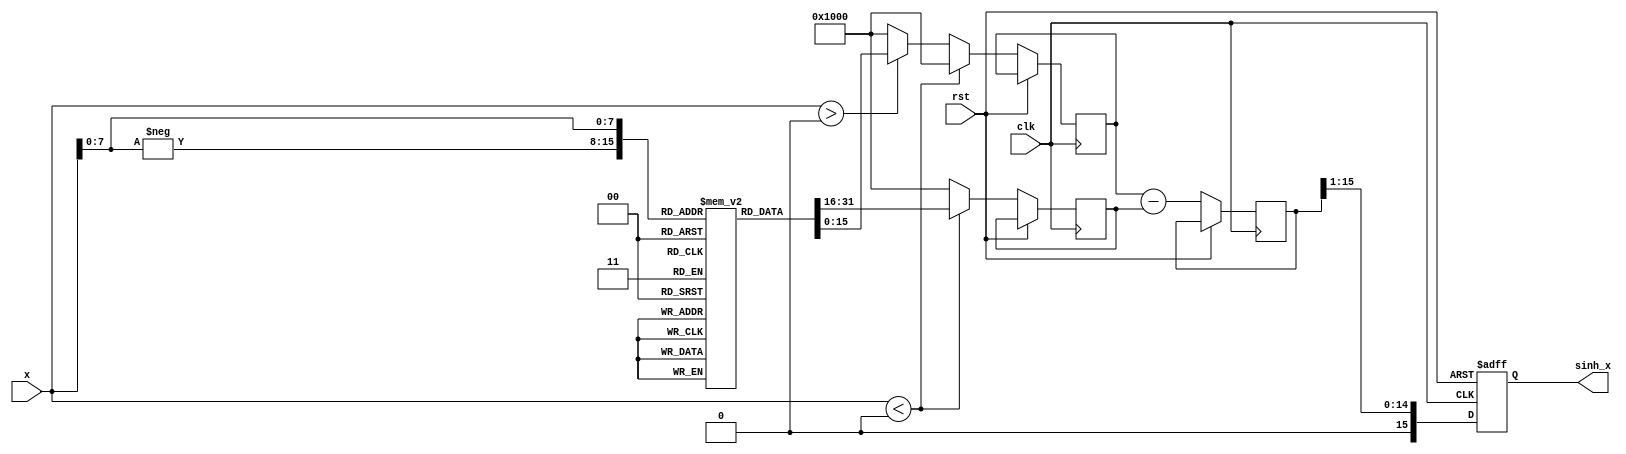
module sinh_arithmetic_block(
    input wire [15:0] x,        // Input signal (x), 16-bit fixed point
    output reg [15:0] sinh_x,   // Output signal (sinh(x)), 16-bit fixed point
    input wire clk,             // Clock signal
    input wire rst              // Reset signal
);

// Exponential lookup table (for demonstration)
reg [15:0] exp_table [0:255]; // Assume input is in the range of -1 to 1
reg [15:0] e_pos, e_neg;       // Outputs for e^x and e^-x
reg [15:0] e_diff;             // Difference between e^x and e^-x

// Initialize the exponential table
initial begin
    // Populate exp_table with approximate values of e^x
    // This is a simplified LUT for illustration; in practice, this should be filled with accurate values.
    // Assuming the LUT index is normalized to a specific range.
    exp_table[0] = 16'h1000; // e^0 = 1.0 (fixed point scale)
    exp_table[1] = 16'h1008; // e^0.1 approx.
    // ... populate further for higher values ...
    exp_table[255] = 16'h0000; // e^-1 (for input -1)
end

// Exponential function approximation
always @(posedge clk or posedge rst) begin
    if (rst) begin
        sinh_x <= 16'd0; // Reset output
    end else begin
        // Simple range check - limit to input values from -1 to 1
        if (x < 8'b00000000) begin // x < 0
            e_neg <= exp_table[-x];   // Get e^{-x} from LUT
            e_pos <= 16'h1000;         // e^0 = 1
        end else if (x > 8'b00000000) begin // x > 0
            e_pos <= exp_table[x];     // Get e^{x} from LUT
            e_neg <= 16'h1000;         // e^0 = 1
        end else begin
            e_pos <= 16'h1000;         // e^0 = 1
            e_neg <= 16'h1000;         // e^0 = 1
        end
        
        // Compute e^x - e^{-x}
        e_diff <= e_pos - e_neg;
        
        // Compute sinh(x) = (e^x - e^{-x}) / 2
        sinh_x <= e_diff >> 1; // Divide by 2 using right shift
    end
end

endmodule